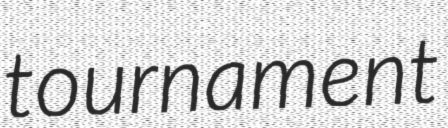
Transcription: tournament